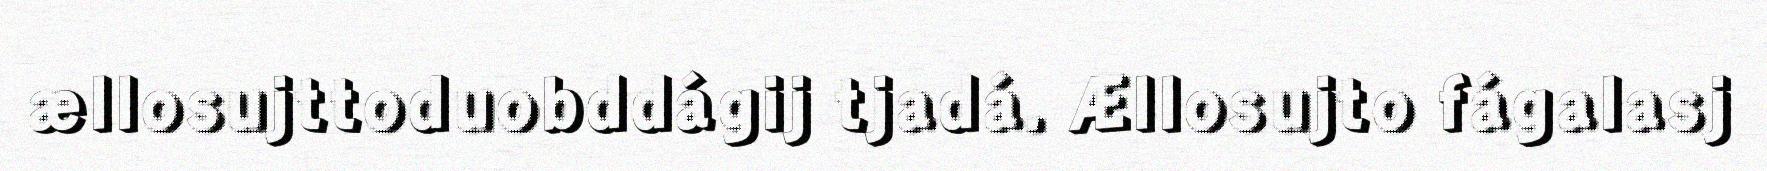
ællosujttoduobddágij tjadá. Ællosujto fágalasj